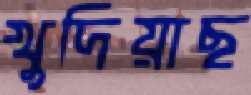
খুদিয়াছ